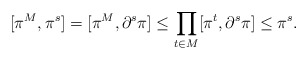
\begin{align*}[\pi^M,\pi^s] & = [\pi^M,\partial^s \pi] \leq \prod_{t\in M} [\pi^t,\partial^s \pi]\leq \pi^s.\end{align*}